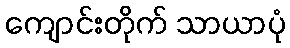
ကျောင်းတိုက် သာယာပုံ